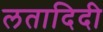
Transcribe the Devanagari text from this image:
लतादिदी